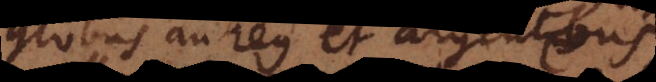
globus aureus et argenteus